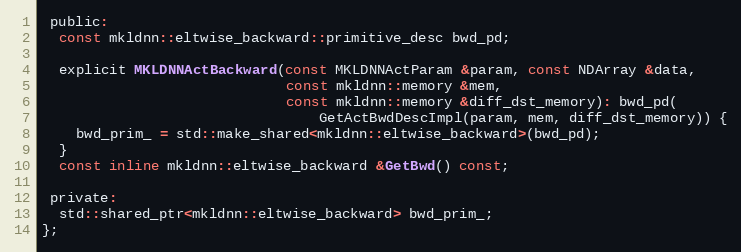
Language: C
 public:
  const mkldnn::eltwise_backward::primitive_desc bwd_pd;

  explicit MKLDNNActBackward(const MKLDNNActParam &param, const NDArray &data,
                             const mkldnn::memory &mem,
                             const mkldnn::memory &diff_dst_memory): bwd_pd(
                                 GetActBwdDescImpl(param, mem, diff_dst_memory)) {
    bwd_prim_ = std::make_shared<mkldnn::eltwise_backward>(bwd_pd);
  }
  const inline mkldnn::eltwise_backward &GetBwd() const;

 private:
  std::shared_ptr<mkldnn::eltwise_backward> bwd_prim_;
};